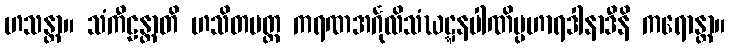
ဟသန္တာ။ သံကီဠန္တာတိ ဟသိတမတ္တ ကရဏအင်္ဂုလိသံဃဋ္ဋနပါဏိပ္ပဟာရဒါနာဒီနိ ကရောန္တာ။